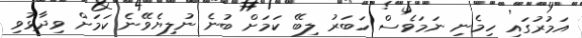
އަމުރުގައި ހިމެނި ނަމަވެސް ހަބަރު ލިބޭ ކަަމަށް ބުނެ ނުލިޔެވޭނެ ކަމަށް ވިދާޅުވި